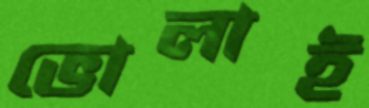
ভোলাই